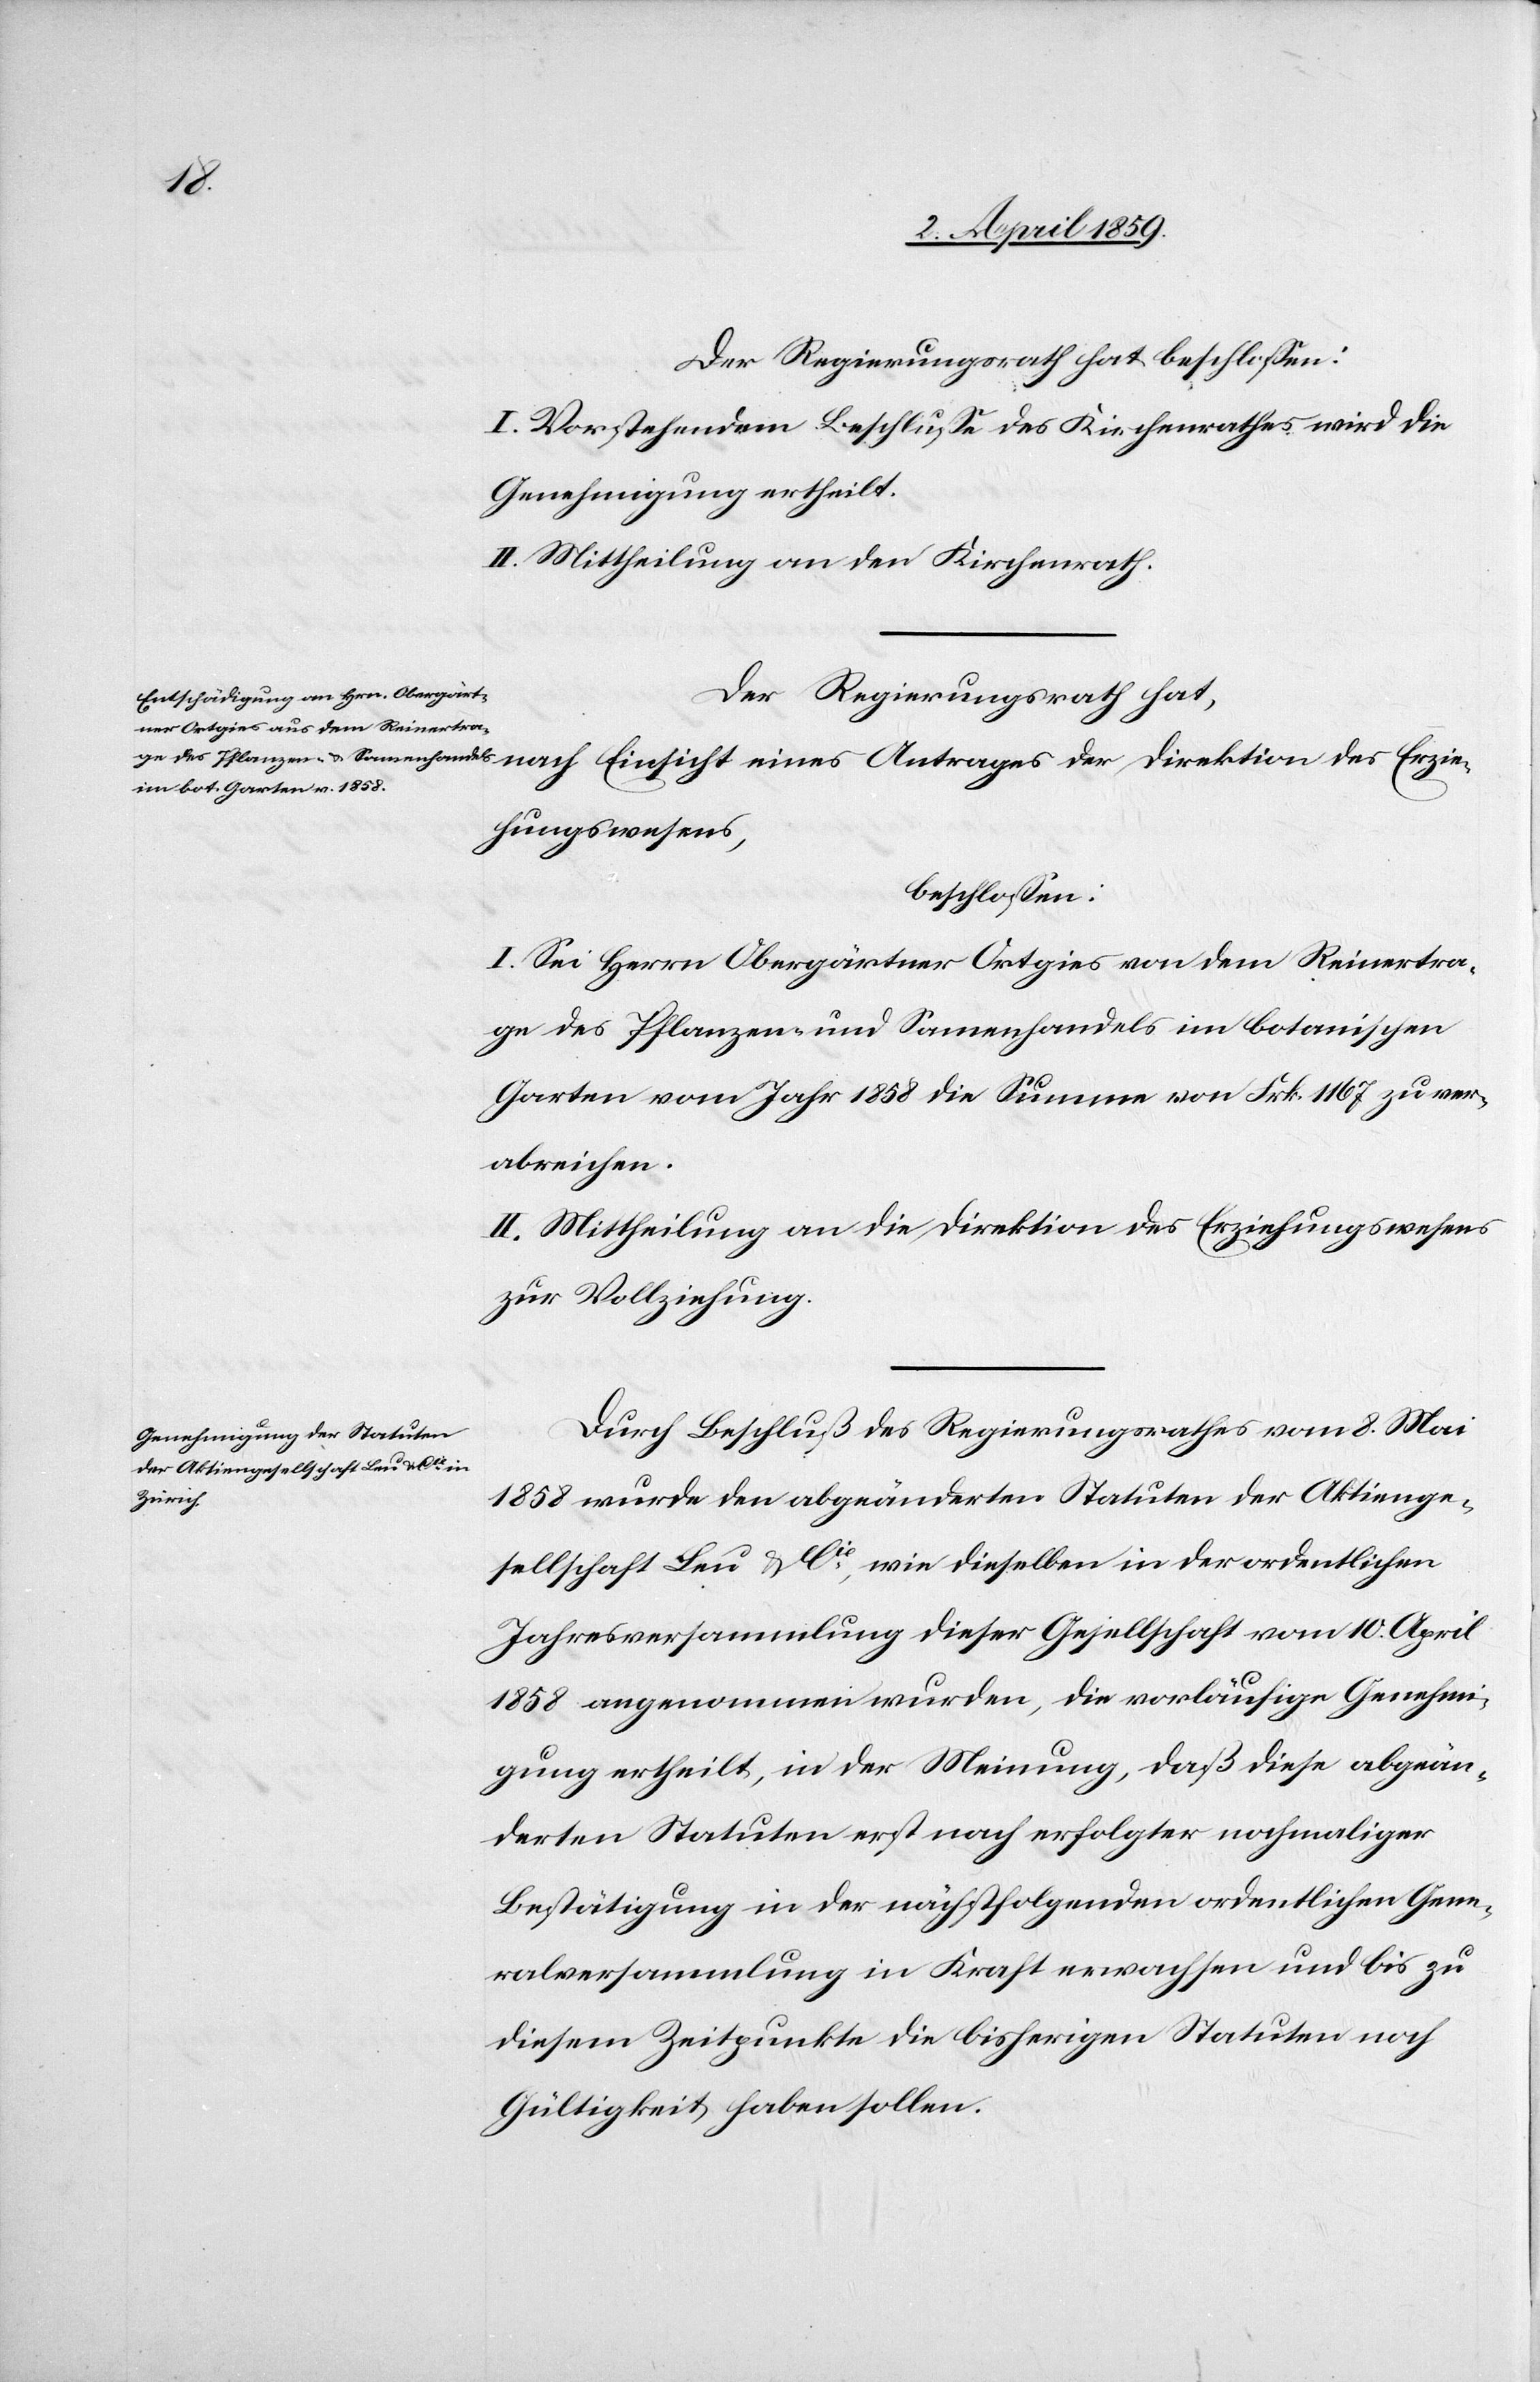
Erzie¬
Der Regierungsrath hat beschloßen:
I. Vorstehendem Beschluße des Kirchenrathes wird die
Genehmigung ertheilt.
II. Mittheilung an den Kirchenrath.
Der Regierungsrath hat,
hungswesens,
beschloßen:
I. Sei Herrn Obergärtner Ortgies von dem Reinertra¬
ge des Pflanzen- und Samenhandels im botanischen
Garten vom Jahr 1858 die Summe von Frk. 1167 zu ver¬
abreichen.
II. Mittheilung an die Direktion des Erziehungswesens
zur Vollziehung.
Durch Beschluß des Regierungsrathes vom 8. Mai
1858 wurde den abgeänderten Statuten der Aktienge¬
sellschaft Leu & Cie, wie dieselben in der ordentlichen
Jahresversammlung dieser Gesellschaft vom 10. April
1858 angenommen wurden, die vorläufige Genehmi¬
gung ertheilt, in der Meinung, daß diese abgeän¬
derten Statuten erst nach erfolgter nochmaliger
Bestätigung in der nächstfolgenden ordentlichen Gene¬
ralversammlung in Kraft erwachsen und bis zu
diesem Zeitpunkte die bisherigen Statuten noch
Gültigkeit haben sollen.